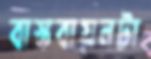
বাস্তবায়নটা